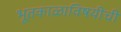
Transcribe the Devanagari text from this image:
भूतकाळाविषयीची